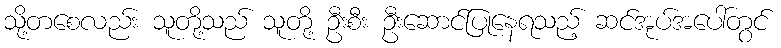
သို့တစေလည်း သူတို့သည် သူတို့ ဦးစီး ဦးဆောင်ပြုနေရသည့် ဆင်အုပ်အပေါ်တွင်